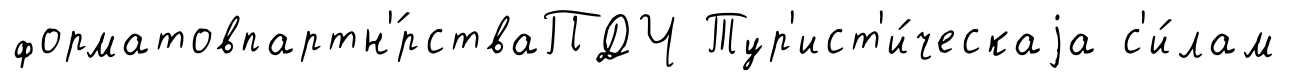
форматовпартн'́рстваПДЧ Тур'ист'и́ческаjа с'и́лам